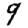
Digit: 9